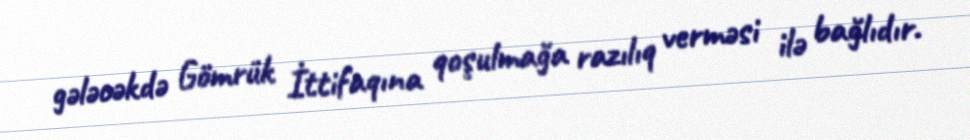
gələcəkdə Gömrük İttifaqına qoşulmağa razılıq verməsi ilə bağlıdır.